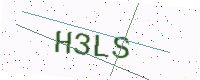
Text: H3LS